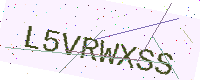
Text: L5VRWXSS